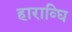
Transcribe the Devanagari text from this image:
हाराव्घि